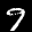
Label: 9